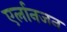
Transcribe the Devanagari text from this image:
एर्लानजन